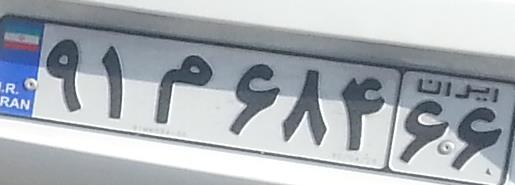
۹۱م۶۸۴۶۶